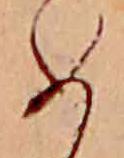
め